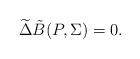
LaTeX: \begin{align*}\widetilde {\Delta} {\tilde{B}}(P,{\Sigma })=0.\end{align*}